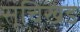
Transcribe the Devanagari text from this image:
सूचिखंड